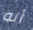
أنه